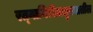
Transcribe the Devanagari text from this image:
रत्‍नागिरीतालुक्यातील